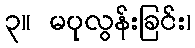
၃။ မပုလွန်းခြင်း၊